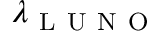
\lambda _ { \mathrm { ~ L ~ U ~ N ~ O ~ } }